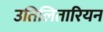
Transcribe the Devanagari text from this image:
उतिलितारियन